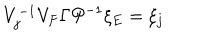
V _ { j } ^ { - 1 } V _ { F } \Gamma { \cal P } ^ { - 1 } \xi _ { E } = \xi _ { j }